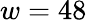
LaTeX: w=48